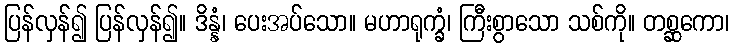
ပြန်လှန်၍ ပြန်လှန်၍။ ဒိန္နံ၊ ပေးအပ်သော။ မဟာရုက္ခံ၊ ကြီးစွာသော သစ်ကို။ တစ္ဆကော၊